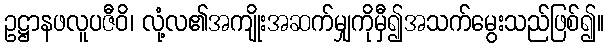
ဥဋ္ဌာနဖလူပဇီဝိ၊ လုံ့လ၏အကျိုးအဆက်မျှကိုမှီ၍အသက်မွေးသည်ဖြစ်၍။